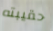
حقيبته